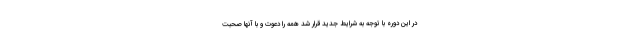
در این دوره با توجه به شرایط جدید قرار شد همه را دعوت و با آنها صحبت